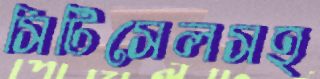
সিটিসেলসহ